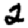
Digit: 2